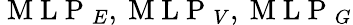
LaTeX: \mathrm{~M~L~P~}_{E},\mathrm{~M~L~P~}_{V},\mathrm{~M~L~P~}_{G}